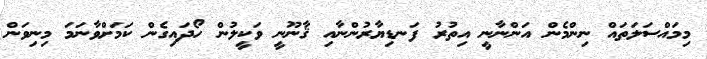
މިމައްސަލަތައް ނިންމެން އަންނާނީ އިތުރު ފަނޑިޔާރުންނާއި ޤާނޫނީ ވަކީީލުން ހޯދައިގެން ކަމަށްވާނަމަ މިނިވަން